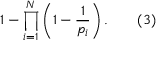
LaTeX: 1 - \prod _ { i = 1 } ^ { N } \left( 1 - { \frac { 1 } { p _ { i } } } \right) . \qquad ( 3 )